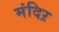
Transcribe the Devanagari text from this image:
मंदिऱ